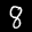
Label: 8